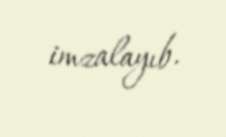
imzalayıb.